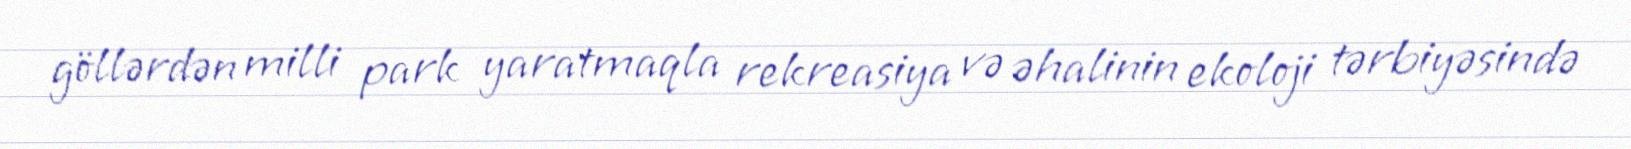
göllərdən milli park yaratmaqla rekreasiya və əhalinin ekoloji tərbiyəsində